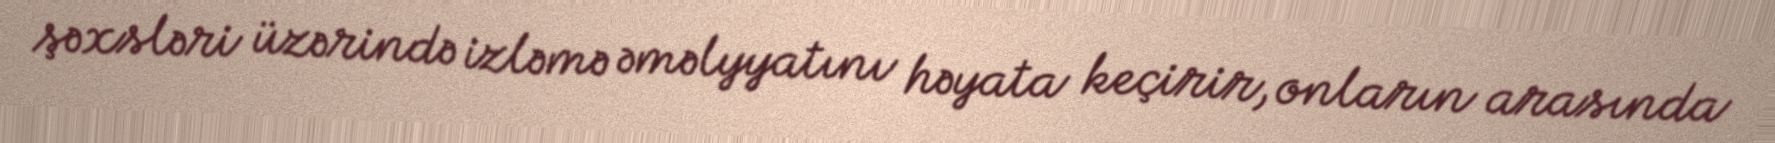
şəxsləri üzərində izləmə əməlyyatını həyata keçirir, onların arasında